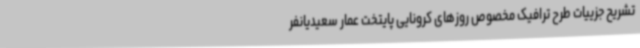
تشریح جزییات طرح ترافیک مخصوص روزهای کرونایی پایتخت عمار سعیدیانفر